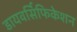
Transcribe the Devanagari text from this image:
डायवर्सिफिकेशन